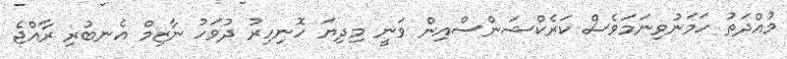
މުއްދަތު ހަމަނުވިނަމަވެސް ކަރެކްޝަންސްއިން ވަނީ މިދިޔަ ހޮނިހިރު ދުވަހު ނާޒިމް އެނބުރި ރާއްޖެ